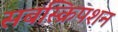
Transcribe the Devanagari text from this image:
सबस्क्रिपशन